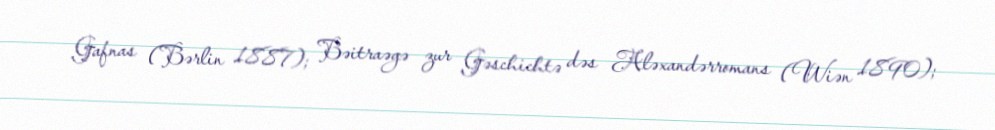
Gafnas (Bərlin 1887); Bəitraəgə zur Gəschichtə dəs Aləxandərromans (Wiən 1890);